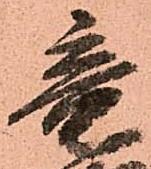
竜